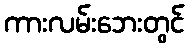
ကားလမ်းဘေးတွင်